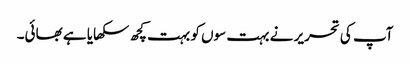
آپ کی تحریر نے بہت سوں کو بہت کچھ سکھایا ہے بھائی۔